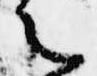
之